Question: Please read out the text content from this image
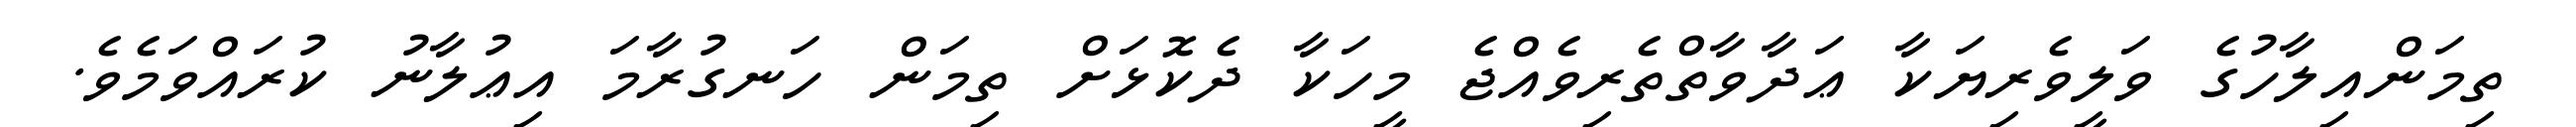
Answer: ތިމަންއިލާހުގެ ވަލީވެރިޔަކާ ޢަދާވާތްތެރިވެއްޖެ މީހަކާ ދެކޮޅަށް ތިމަން ހަނގުރާމަ އިޢުލާނު ކުރައްވަމެވެ.